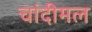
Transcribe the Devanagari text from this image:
चांदीमल